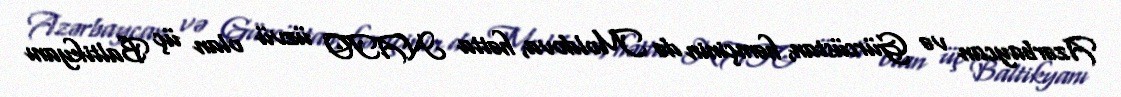
Azərbaycan və Gürcüstan, həmçinin də Moldova, hətta NATO üzvü olan üç Baltikyanı